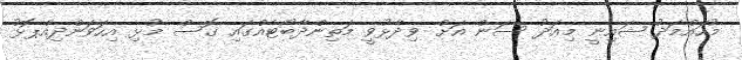
މުހައްމަދު ޝައިނީ މިއަދު ސަން އަށް ވިދާޅުވީ މަތިންދާބޯޓެއްގައި ގޮސް މުޅި އިހަވަންދިއްޕޮޅު